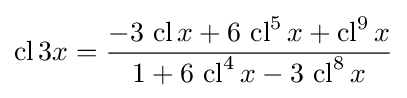
\operatorname {cl} 3x={\frac {-3\,\operatorname {cl} x+6\,\operatorname {cl} ^{5}x+\operatorname {cl} ^{9}x}{1+6\,\operatorname {cl} ^{4}x-3\,\operatorname {cl} ^{8}x}}